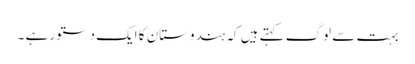
بہت سے لوگ کہتے ہیں کہ ہندوستان کا ایک دستور ہے ۔